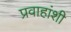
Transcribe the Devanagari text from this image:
प्रवाहांशी